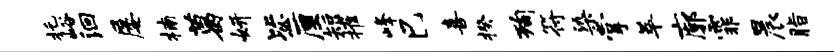
托峪洄屡楠葛妍毖厘短摧峰巳喜揆洵符染掌萃廓霏晨脂